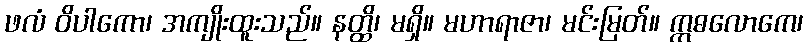
ဖလံ ဝိပါကော၊ အကျိုးထူးသည်။ နတ္ထိ၊ မရှိ။ မဟာရာဇာ၊ မင်းမြတ်။ ဣဓလောကေ၊